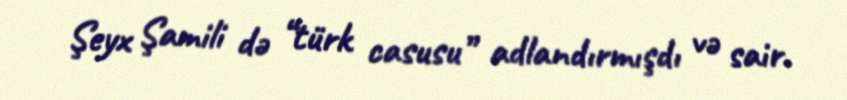
Şeyx Şamili də “türk casusu” adlandırmışdı və sair.